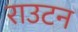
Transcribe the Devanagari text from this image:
राउटन